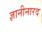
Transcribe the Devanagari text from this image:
ज्ञानीनारद